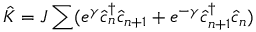
\hat { K } = J \sum ( e ^ { \gamma } \hat { c } _ { n } ^ { \dagger } \hat { c } _ { n + 1 } + e ^ { - \gamma } \hat { c } _ { n + 1 } ^ { \dagger } \hat { c } _ { n } )